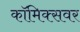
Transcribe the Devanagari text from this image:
कॉमिक्सवर